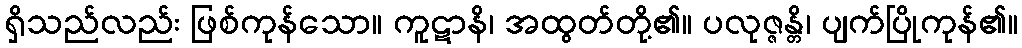
ရှိသည်လည်း ဖြစ်ကုန်သော။ ကူဋာနိ၊ အထွတ်တို့၏။ ပလုဇ္ဇန္တိ၊ ပျက်ပြိုကုန်၏။